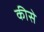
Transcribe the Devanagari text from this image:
कीसे